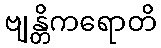
ဗျန္တိကရောတိ